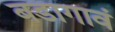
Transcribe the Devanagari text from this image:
बडागावं